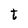
Character: t